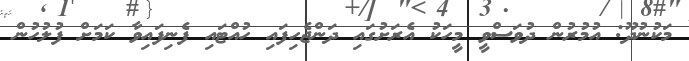
މަކުނުދޫ: އުމުރުން ދުވަސްވީ މީހަކު އެރަށުގައި ދަންޖެހިފައި ހުއްޓައި ފެނިފައިވާ ކަމަށް ފުލުހުން